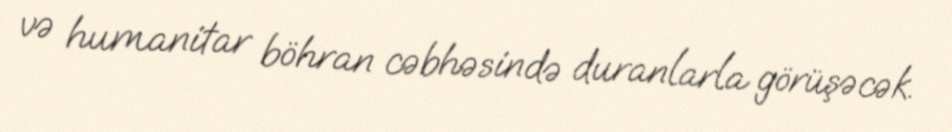
və humanitar böhran cəbhəsində duranlarla görüşəcək.